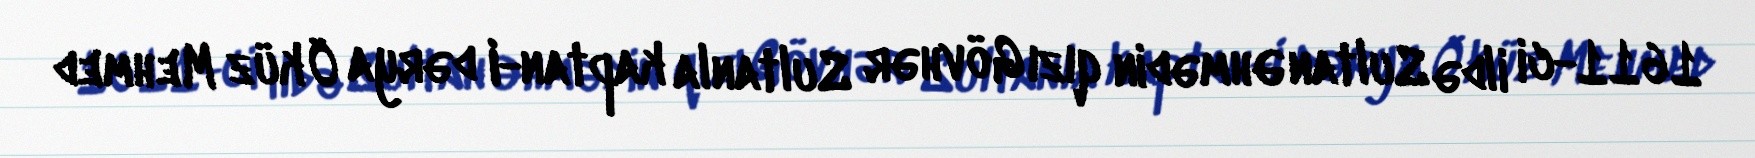
1611-ci ildə Sultan Əhmədin qızı Gövhər Sultanla kaptan-I dərya Öküz Mehmed